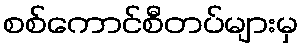
စစ်ကောင်စီတပ်များမှ